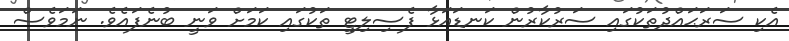
އެކި ސަރަޙައްދުތަކުގައި ސަރުކާރުން ކަނޑައަޅާ ފެސިލިޓީ ތަކުގައި ކަމަށް ވަނީ ބުނެފައެވެ. ނަމަވެސް